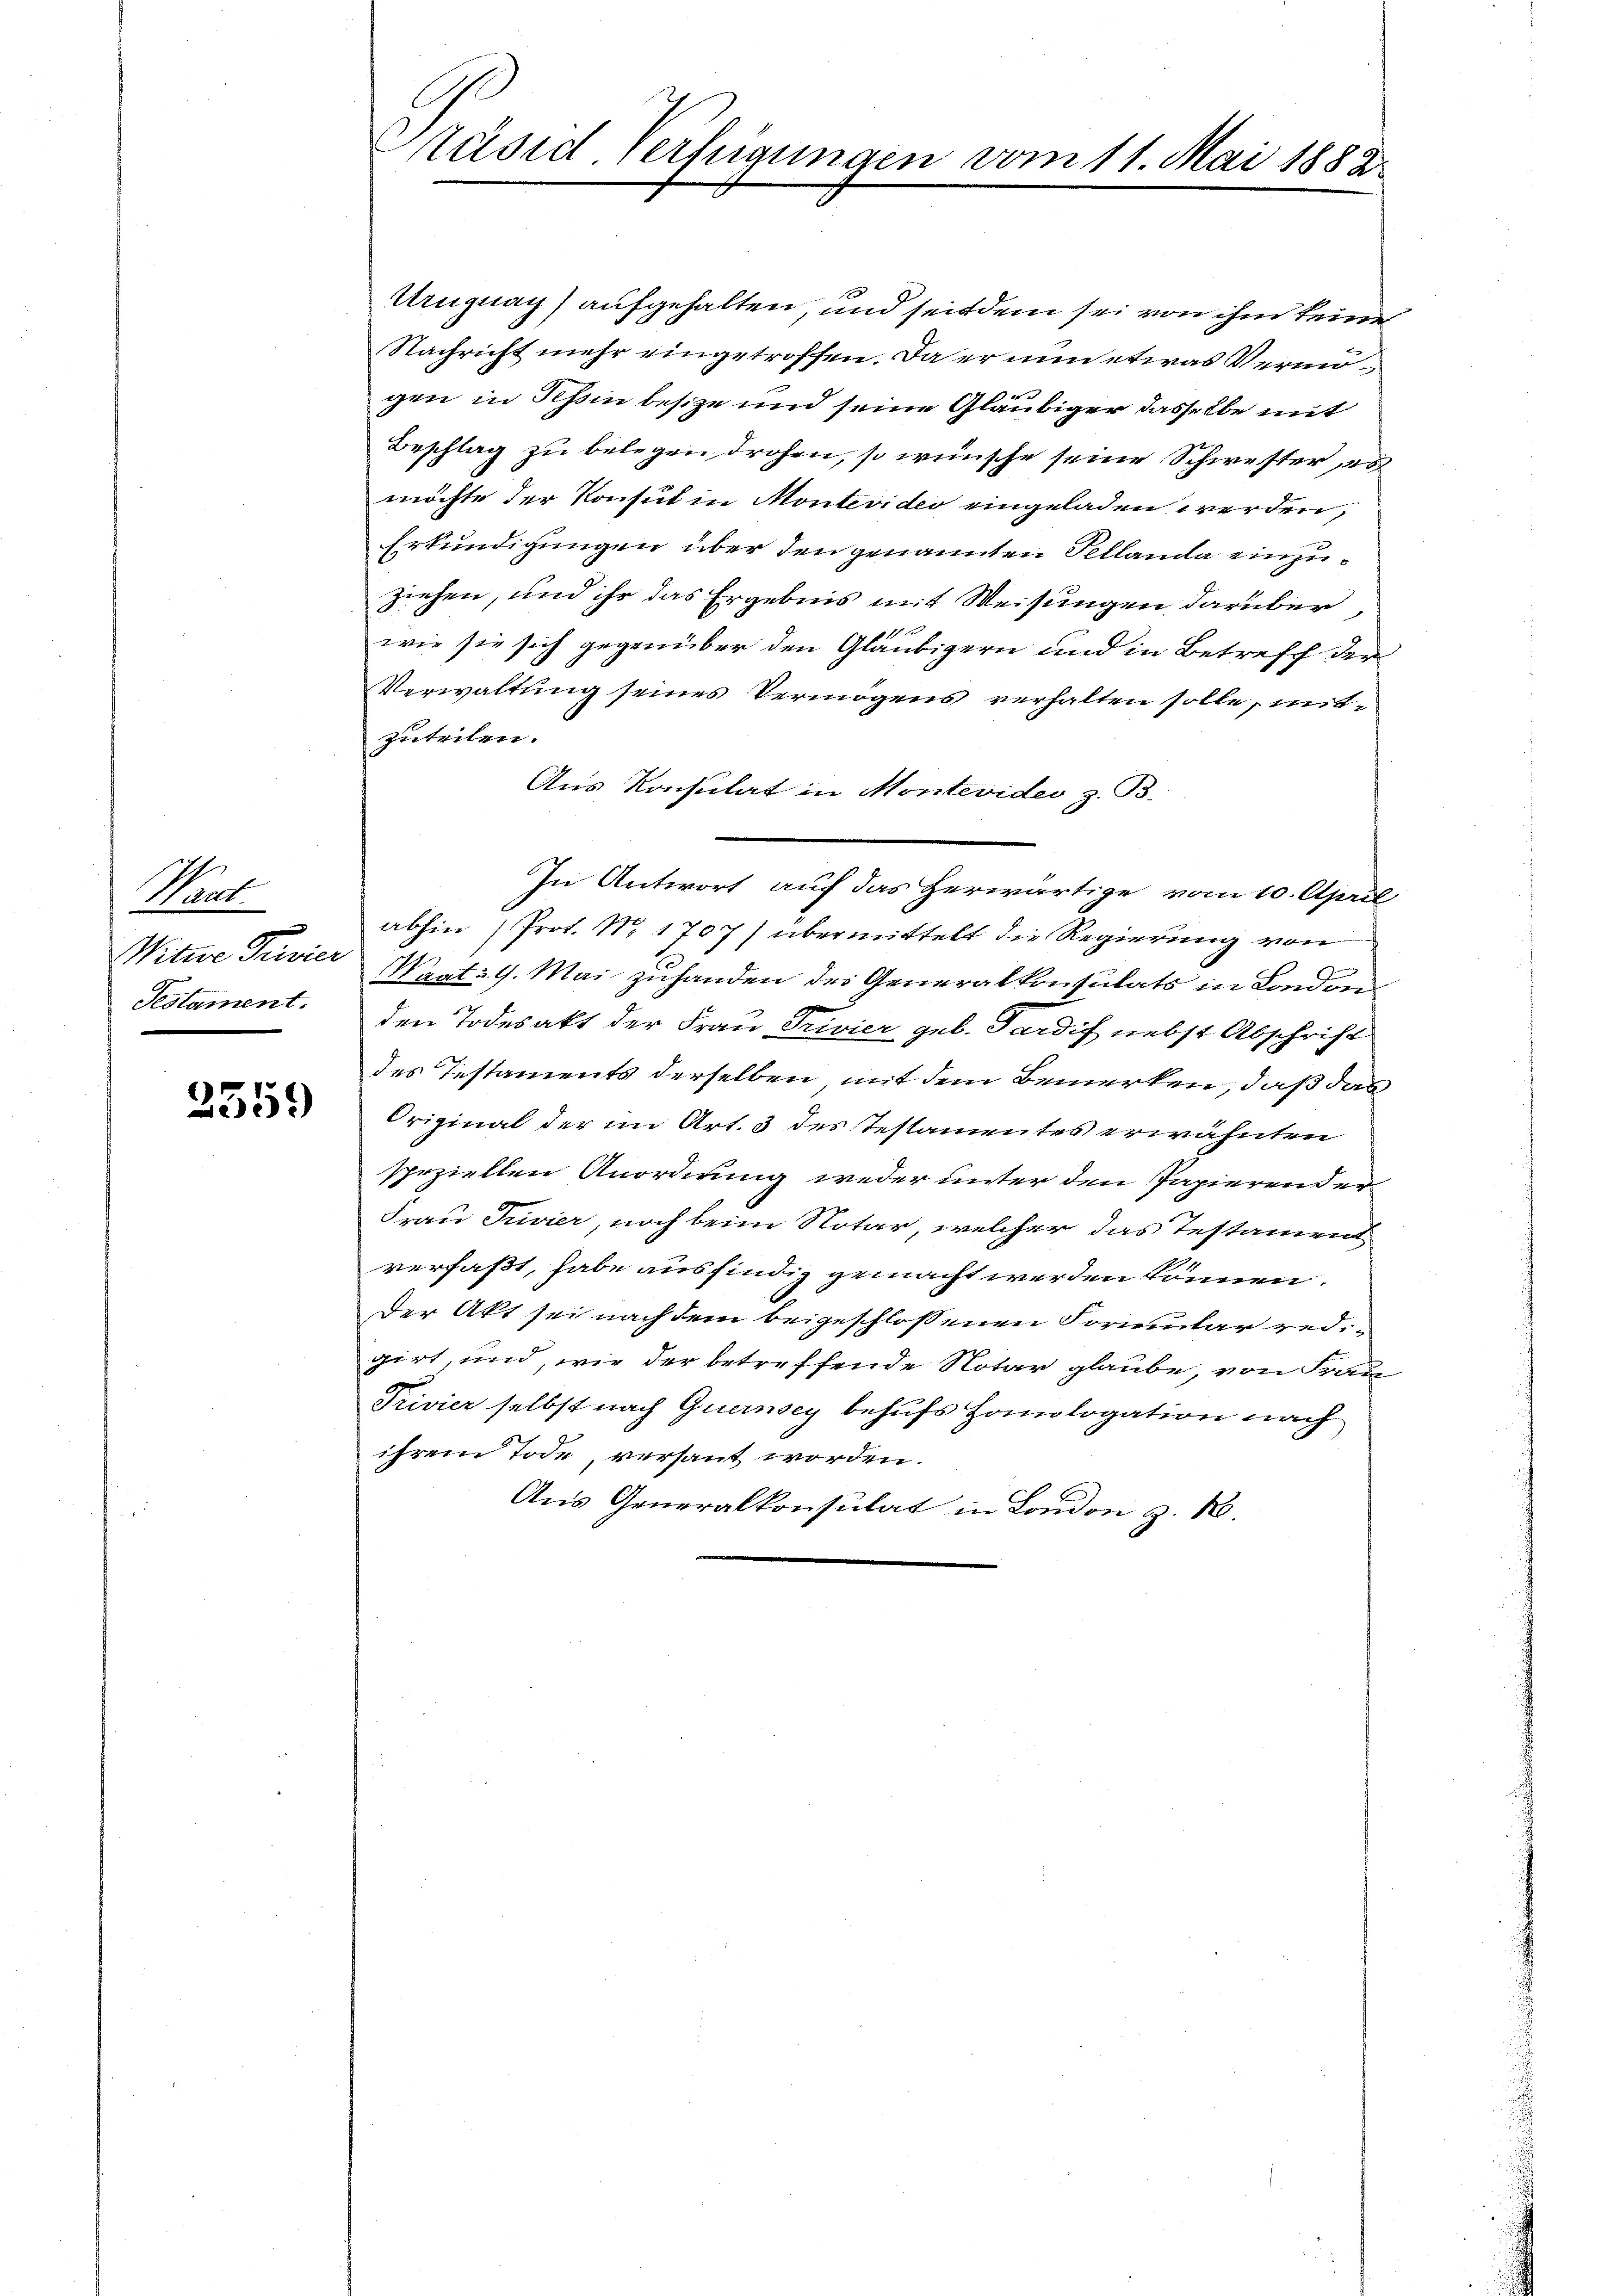
Want.
Witwe Privier
Testament.

2559

Präsid Verfügungen vom 11. Mai 1882

Uruguag) aufgehalten, und seitdem sei von ihm keiner
Nachricht mehr eingetroffen. Da er nun etwas Vermögen in Schin besize und seine Gläubiger dasselbe mit
Beschlag zu belegen drohen, so wünsche seine Schwester es
möchte der Konsul in Montevider eingeladen werden,
Erkundigungen über den genannten Sellanda einzuziehen, und ihr das Ergebnis mit Weisungen darüber,

wie sie sich gegenüber den Gläubigern und in Betreff der
Verwaltung seines Vermögens verhalten solle, mitzuteilen.
Aus Konsulat in Montevider z. B.
In Antwort auf das Herwärtige vom 10. April
abhin (Prot. No 1707) übermittelt die Regierung von
e
Wrat: 9. Mai zuhanden des Generalkonsulats in London
den Todesakt der Frau Trivier geb. Pardif nebst Abschrift
des Testaments derselben mit dem Bemerken, daß das
Original der im Art. 3 des Testamentes erwähnten
speziellen Anordnung weder unter den Papierenden
Frau Privier, noch beim Notar, welcher das Testament
verfaßt, habe ausfindig gemacht werden können.
Der Akt sei nach dem beigeschlossenen Formular redigirt, und, wie der betreffende Notar glaube, von Frau
Privier selbst nach Quernsey behufs Homologation nach
ihrem Tode, versaut worden.
Aus Generalkonsulat in London z. B.